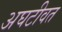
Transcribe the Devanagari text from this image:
अघटीवत